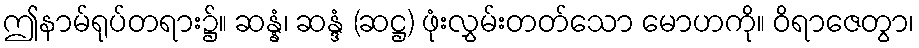
ဤနာမ်ရုပ်တရား၌။ ဆန္နံ၊ ဆန္ဒံ (ဆဋ္ဌ) ဖုံးလွှမ်းတတ်သော မောဟကို။ ဝိရာဇေတွာ၊